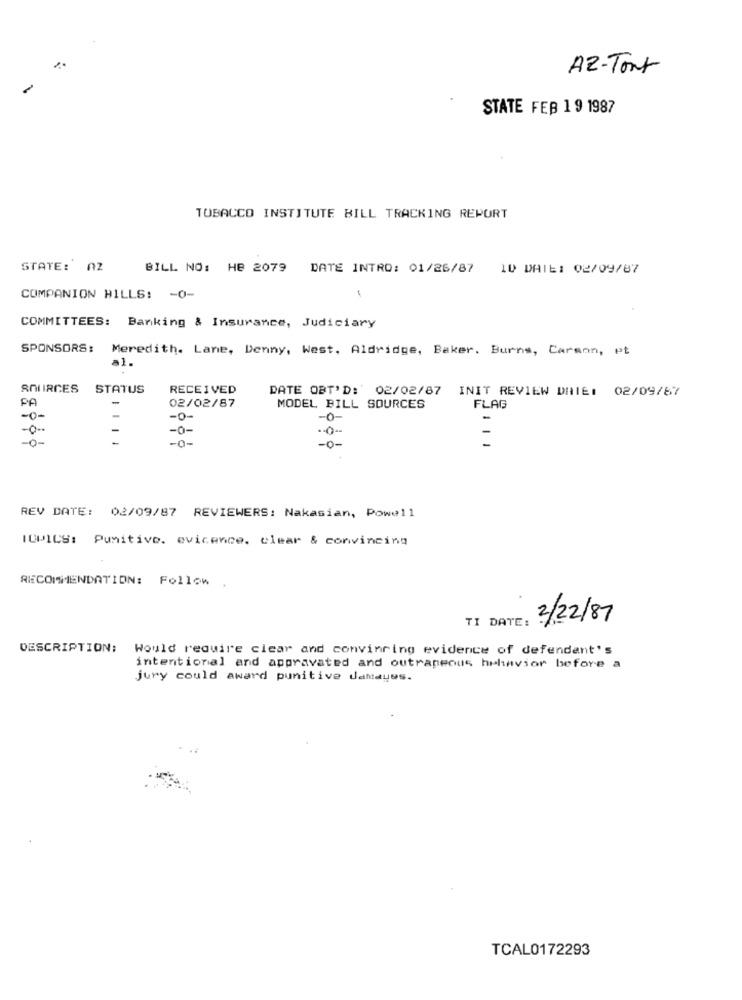
AZ-Tort
STATE FEB 19 1987
TOBACCO INSTITUTE BILL TRACKING REPORT
STATE: A2
BILL NO: HB 2079
DATE INTRO: 01/26/87 10 DAIE: 02/09/87
COMPANION HILLS: - 0-
COMMITTEES: Banking & Insurance, Judiciary
SPONSORS: Meredith. Lane, Denny, West, Aldridge, Baker. Burns, Carson, et
a1.
SOURCES
STATUS
RECEIVED
DATE OBT'D: 02/02/87 INIT REVIEW DRIE: 02/09/67
PA
02/02/87
MODEL BILL SOURCES
FLAG
-0-
-
-0-
-o-
-
- 0-
-
-0-
-0-
-0-
-0-
REV DATE: 02/09/87 REVIEWERS: Nakasian, Powell
TOPICS: Punitivo. evicence. clear & convincing
RECOMMENDATION: Follow.
TI DATE:
2/22/87
DESCRIPTION:
Would require clear and convincing evidence of defendant's
intentional and appravated and outrageous heliavior before a
jury could award punitive damages.
TCAL0172293